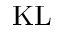
\mathrm { K L }